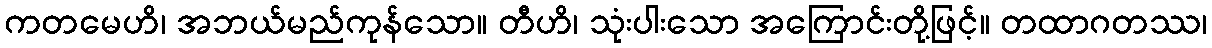
ကတမေဟိ၊ အဘယ်မည်ကုန်သော။ တီဟိ၊ သုံးပါးသော အကြောင်းတို့ဖြင့်။ တထာဂတဿ၊